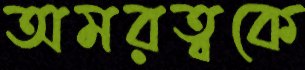
অমরত্বকে